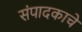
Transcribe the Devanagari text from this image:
संपादकाचे